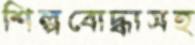
শিল্পবোদ্ধাসহ